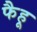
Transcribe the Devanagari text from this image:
फैहू